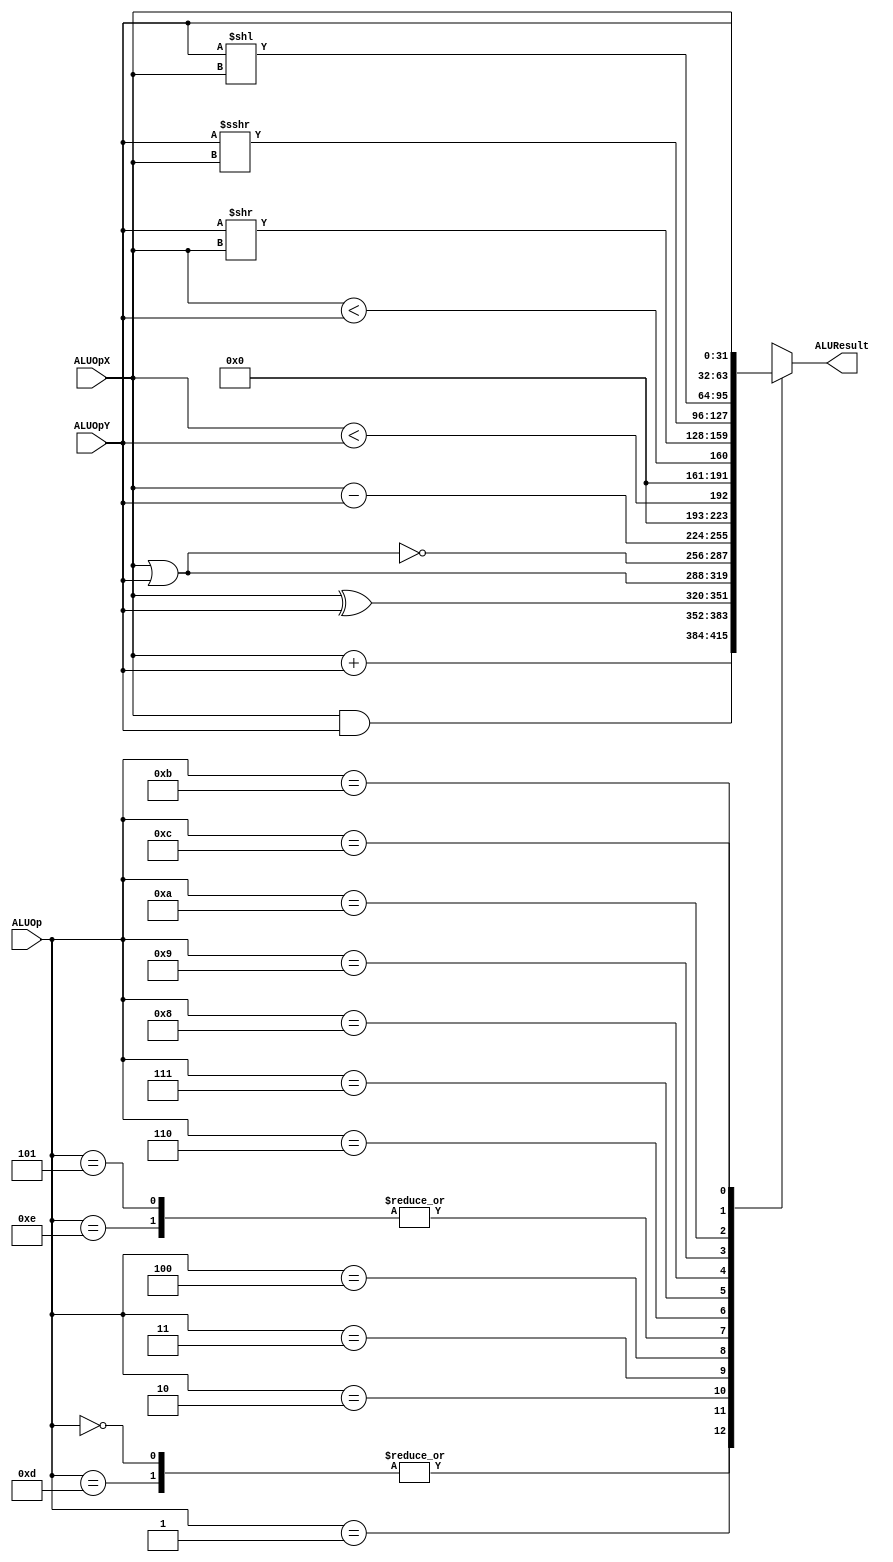
//******************************************************************************
// EE108b MIPS verilog model
//
// ALU.v
//
// The ALU performs all the arithmetic/logical integer operations 
// specified by the ALUsel from the decoder. 
// 
// verilog written by Daniel L. Rosenband, MIT 10/4/99
// modified by John Kim 3/26/03
// modified by Neil Achtman 8/15/03
//
//******************************************************************************

module ALU (
  // Outputs
  ALUResult,
  // Inputs
  ALUOp, ALUOpX, ALUOpY
);

  input [3:0] ALUOp;                // Operation select
  input [31:0] ALUOpX, ALUOpY;      // operands

  output reg [31:0] ALUResult;     // result of operation

//******************************************************************************
// Shift operation: ">>>" will perform an arithmetic shift, but the operand
// must be reg signed, also useful for signed vs. unsigned comparison.
//******************************************************************************
  wire signed [31:0] signedALUOpX = ALUOpX;
  wire signed [31:0] signedALUOpY = ALUOpY;
  
//******************************************************************************
// ALU datapath
//******************************************************************************
		
  // Decoded ALU operation select (ALUsel) signals
  `define select_alu_addu 4'd0
  `define select_alu_and 4'd1
  `define select_alu_xor 4'd2
  `define select_alu_or 4'd3
  `define select_alu_nor 4'd4
  `define select_alu_subu 4'd5
  `define select_alu_sltu 4'd6
  `define select_alu_slt 4'd7
  `define select_alu_srl 4'd8
  `define select_alu_sra 4'd9
  `define select_alu_sll 4'd10
  `define select_alu_passx 4'd11
  `define select_alu_passy 4'd12
  `define select_alu_add 4'd13
  `define select_alu_sub 4'd14

  
  always @(ALUOpX or ALUOpY or ALUOp or signedALUOpX or signedALUOpY) begin
    case (ALUOp)
      // PERFORM ALU OPERATIONS DEFINED ABOVE
      `select_alu_add:
        ALUResult = ALUOpX + ALUOpY;
      `select_alu_addu:
        ALUResult = ALUOpX + ALUOpY;
      `select_alu_and:
        ALUResult = ALUOpX & ALUOpY;
      `select_alu_xor:
        ALUResult = ALUOpX ^ ALUOpY;
      `select_alu_or:
        ALUResult = ALUOpX | ALUOpY;
      `select_alu_nor:
        ALUResult = ~(ALUOpX | ALUOpY);
      `select_alu_sub:
        ALUResult = ALUOpX - ALUOpY;
      `select_alu_subu:
        ALUResult = ALUOpX - ALUOpY;
      `select_alu_sltu:
        ALUResult = ALUOpX < ALUOpY;
      `select_alu_slt:
        ALUResult = signedALUOpX < signedALUOpY;
      `select_alu_srl:
        ALUResult = ALUOpY >> ALUOpX; // shift operations are Y >> X
      `select_alu_sra:
        ALUResult = signedALUOpY >>> ALUOpX;
      `select_alu_sll:
        ALUResult = ALUOpY << ALUOpX;
      `select_alu_passx:
        ALUResult = ALUOpX;
      `select_alu_passy:
        ALUResult = ALUOpY;
      default:
        ALUResult = 32'hxxxxxxxx;   // Undefined
    endcase
  end
  
endmodule